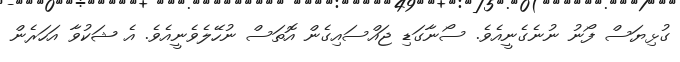
ގުޅިޔަސް ފޯނު ނުނެގެނީއެވެ. ސޯނާގަޑި ޖައްސައިގެން އޮތަސް ނުހޭލެވެނީއެވެ. އެ ޝަކުވާ އަހަރެން